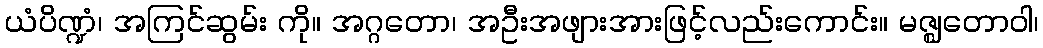
ယံပိဏ္ဍံ၊ အကြင်ဆွမ်း ကို။ အဂ္ဂတော၊ အဦးအဖျားအားဖြင့်လည်းကောင်း။ မဇ္ဈတောဝါ၊